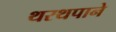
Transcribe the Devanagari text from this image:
थरथपाने